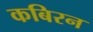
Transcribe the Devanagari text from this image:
कबिरन